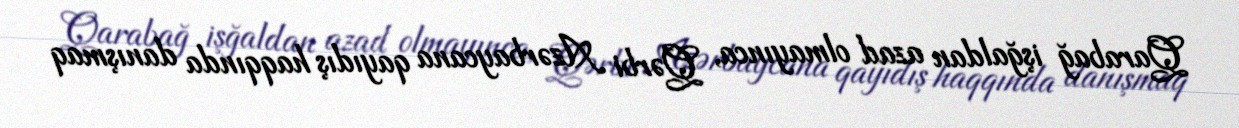
Qarabağ işğaldan azad olmayınca, Qərbi Azərbaycana qayıdış haqqında danışmaq